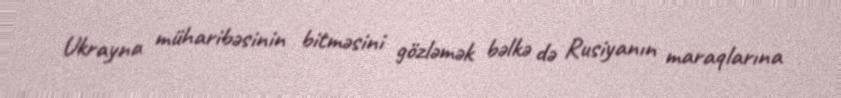
Ukrayna müharibəsinin bitməsini gözləmək bəlkə də Rusiyanın maraqlarına